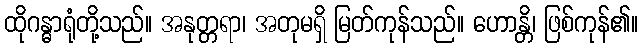
ထိုဂန္ဓာရုံတို့သည်။ အနုတ္တရာ၊ အတုမရှိ မြတ်ကုန်သည်။ ဟောန္တိ၊ ဖြစ်ကုန်၏။